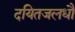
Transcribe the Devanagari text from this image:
दयितजलधौ